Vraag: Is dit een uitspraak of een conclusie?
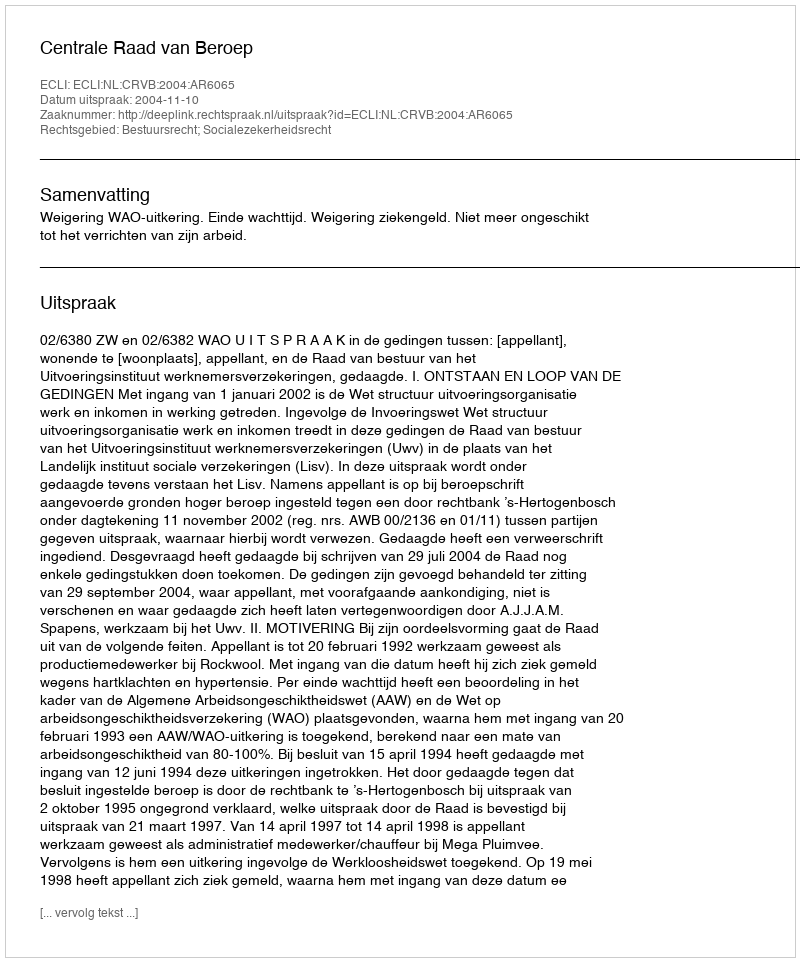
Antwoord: Uitspraak